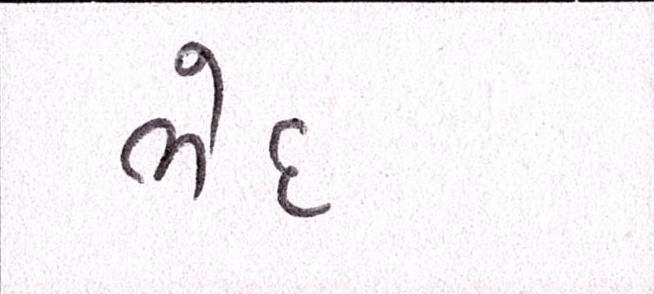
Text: ભેદ